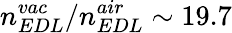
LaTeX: n_{EDL}^{vac}/n_{EDL}^{air}\sim 19.7